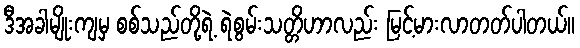
ဒီအခါမျိုးကျမှ စစ်သည်တို့ရဲ့ ရဲစွမ်းသတ္တိဟာလည်း မြင့်မားလာတတ်ပါတယ်။